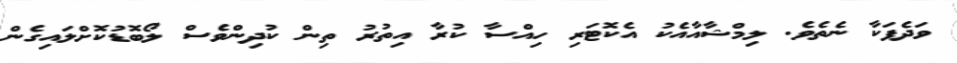
ވަދެފަކާ ނެތެވެ. ލިމްޝާއާއެކު އެކޮޓަރި ހިއްސާ ކުރާ އިތުރު ތިން ކުދިންވެސް ލޯބޮޑުކޮށްލައިގެން